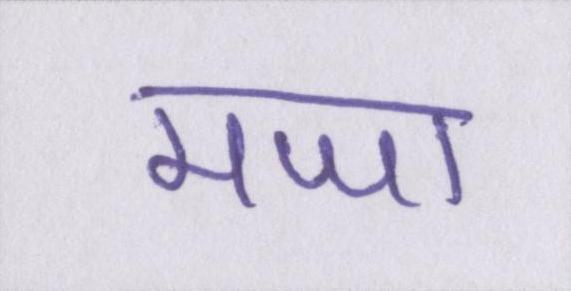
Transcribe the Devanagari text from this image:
मजा